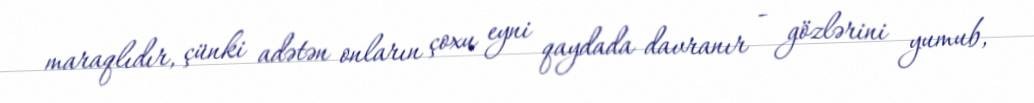
maraqlıdır, çünki adətən onların çoxu eyni qaydada davranır - gözlərini yumub,